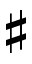
\sharp